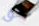
لحق